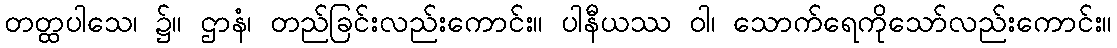
တတ္ထပါသေ၊ ၌။ ဌာနံ၊ တည်ခြင်းလည်းကောင်း။ ပါနီယဿ ဝါ၊ သောက်ရေကိုသော်လည်းကောင်း။